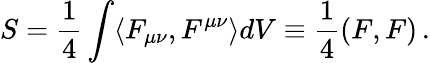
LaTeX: S=\frac{1}{4}\int\langle F_{\mu\nu},F^{\mu\nu}\rangle dV\equiv\frac{1}{4}(F,F)\, .